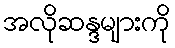
အလိုဆန္ဒများကို